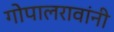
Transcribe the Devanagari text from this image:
गोपालरावांनी